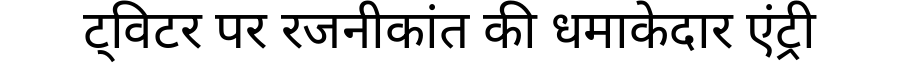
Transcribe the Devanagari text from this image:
ट्विटर पर रजनीकांत की धमाकेदार एंट्री